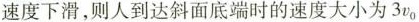
速度下滑，则人到达斜面底端时的速度大小为3v_{0}